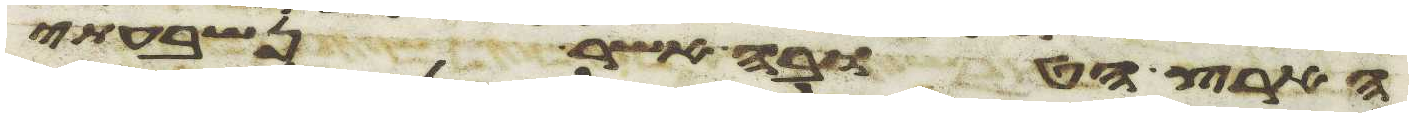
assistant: הארץ הטובה אשר נשבעתי